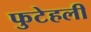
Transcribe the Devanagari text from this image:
फुटेहली